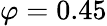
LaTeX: \varphi=0.45